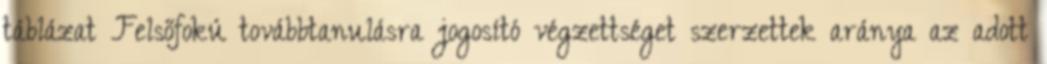
táblázat Felsőfokú továbbtanulásra jogosító végzettséget szerzettek aránya az adott